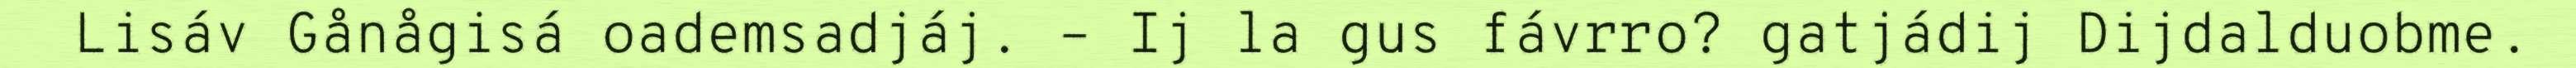
Lisáv Gånågisá oademsadjáj. – Ij la gus fávrro? gatjádij Dijdalduobme.